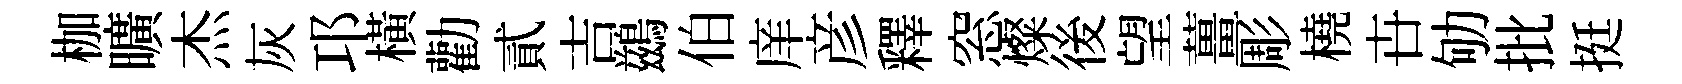
枷曠杰灰邛橫勸貳吉鷀伯庠彦釋窓燦後望薑彫橈卋劬批挺